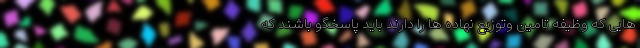
هایی که وظیفه تامین وتوزیع نهاده ها را دارند باید پاسخگو باشند که